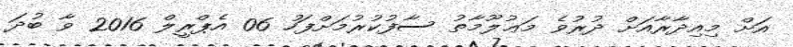
އަށް މިއިދާރާއަށް ދުރުވެ މަޢުލޫމާތު ސާފުކުރުމަށްފަހު 06 އެޕްރީލް 2016 ވާ ބުދަ